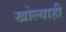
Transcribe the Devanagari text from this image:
खोल्याही